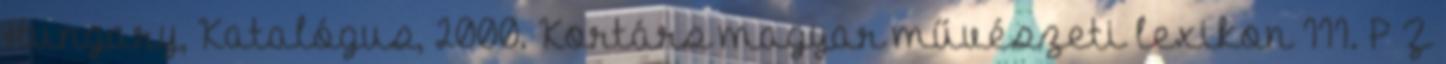
Hungary, Katalógus, 2000. Kortárs magyar művészeti lexikon III. P–Z